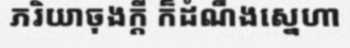
ភរិយាចុងក្តី ក៏ដំណឹងស្នេហា